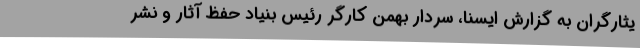
یثارگران به گزارش ایسنا، سردار بهمن کارگر رئیس بنیاد حفظ آثار و نشر